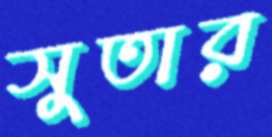
সুতার